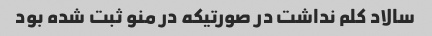
سالاد کلم نداشت در صورتیکه در منو ثبت شده بود